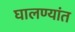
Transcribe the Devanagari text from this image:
घालण्यांत